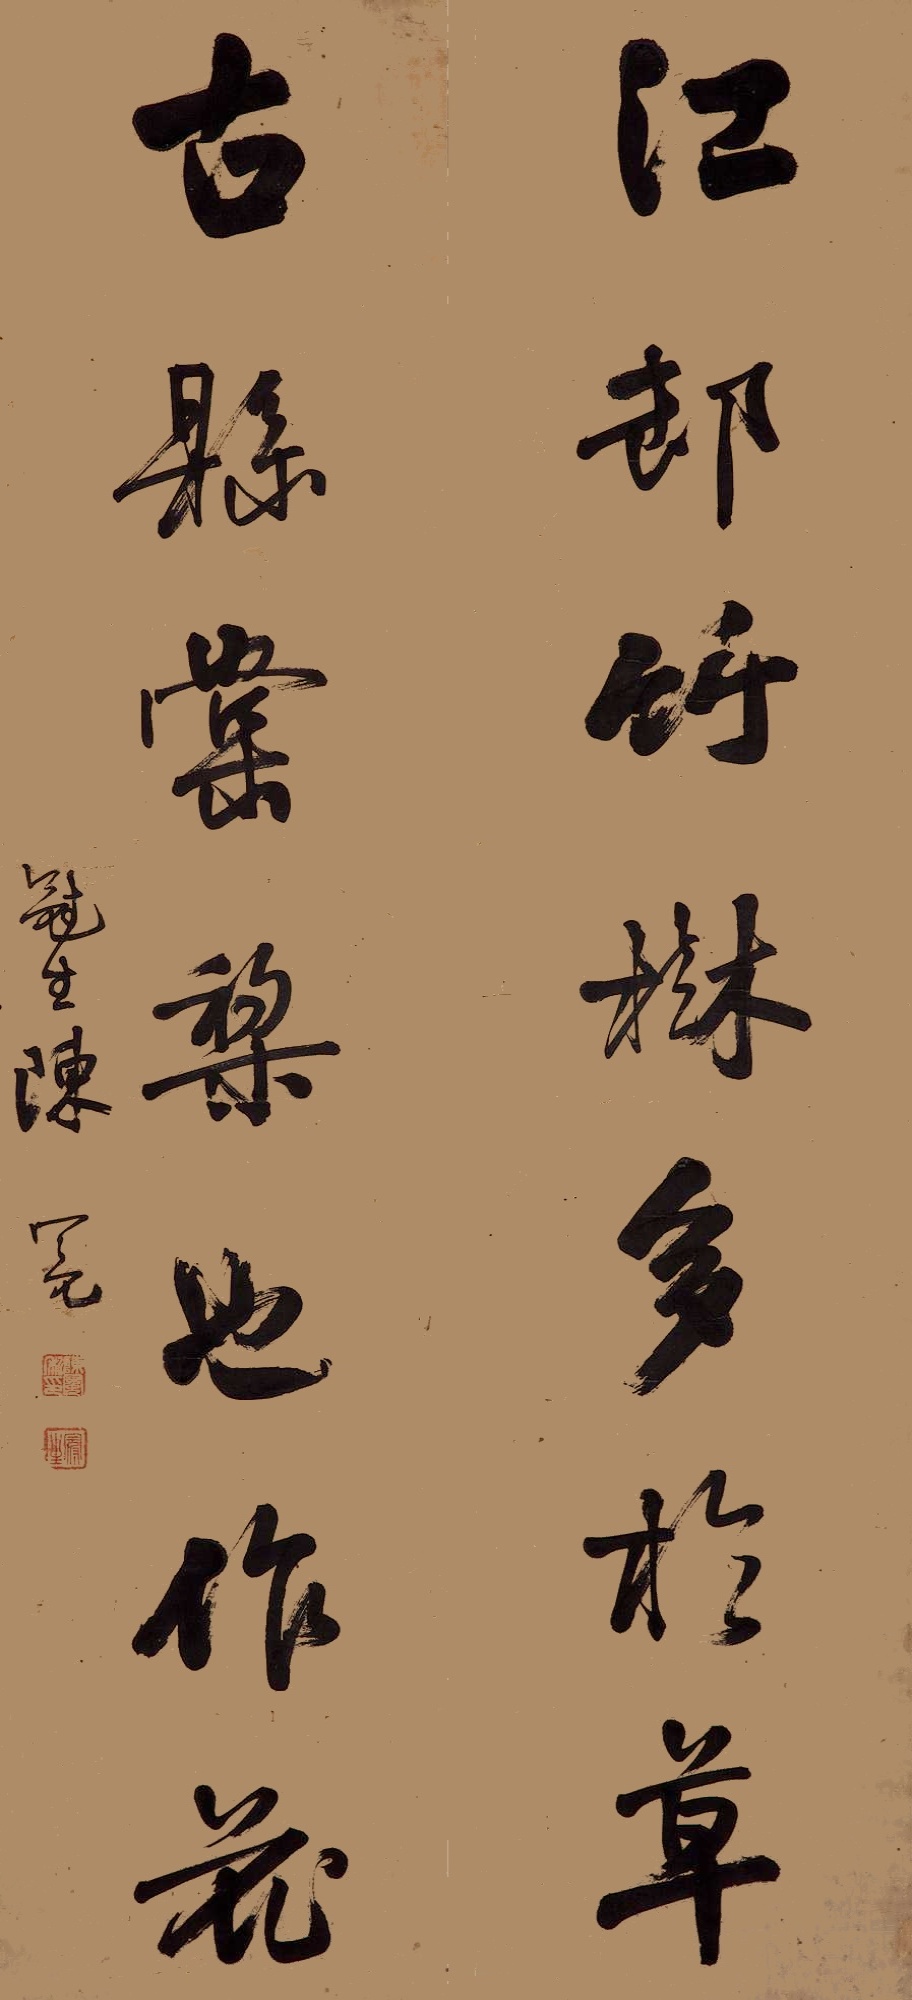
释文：江村竹树多于草，古县棠梨也作花。冠生陈冕。